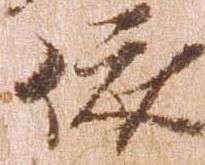
依